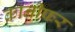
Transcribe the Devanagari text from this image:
कानीफर